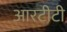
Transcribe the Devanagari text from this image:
आरटीटी